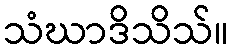
သံဃာဒိသိသ်။